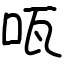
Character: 咓